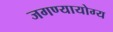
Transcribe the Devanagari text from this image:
जगण्यायोग्य